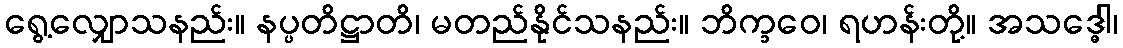
ရွေ့လျှောသနည်း။ နပ္ပတိဋ္ဌာတိ၊ မတည်နိုင်သနည်း။ ဘိက္ခဝေ၊ ရဟန်းတို့။ အသဒ္ဓေါ၊